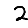
Digit: 2